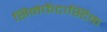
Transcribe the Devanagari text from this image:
सिनेफैंटास्टिक